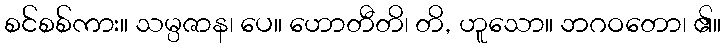
စင်စစ်ကား။ သမ္ပဇာန၊ ပေ။ ဟောတီတိ၊ တိ, ဟူသော။ ဘဂဝတော၊ ၏။